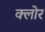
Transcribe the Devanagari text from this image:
क्लोर